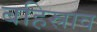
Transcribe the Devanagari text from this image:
बहिस्राव